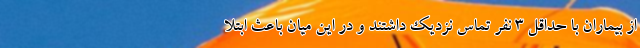
از بیماران با حداقل ۳ نفر تماس نزدیک داشتند و در این میان باعث ابتلا